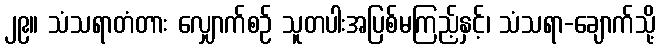
၂၉။ သံသရာတံတား လျှောက်စဉ် သူတပါးအပြစ်မကြည့်နှင့်၊ သံသရာ-ချောက်သို့